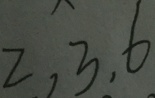
2 , 3 , 6